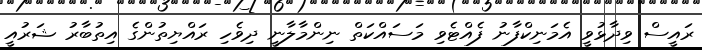
ރައީސް ވިދާޅުވީ އެމަނިކްފާނު ފެއްޓެވި މަސައްކަތް ނިންމާލާނީ ދިވެހި ރައްޔިތުންގެ އިތުބާރު ޝަރުއީ